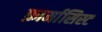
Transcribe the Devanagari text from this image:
फ़ार्मासिस्ट